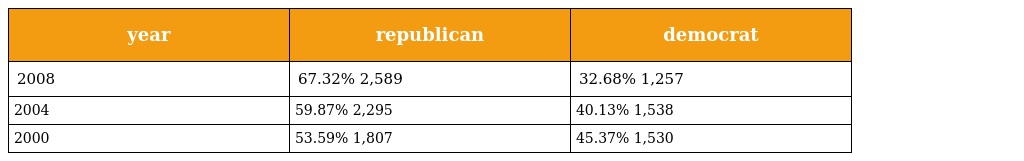
| year | republican | democrat |
 | --- | --- | --- |
 | 2008 | 67.32% 2,589 | 32.68% 1,257 |
 | 2004 | 59.87% 2,295 | 40.13% 1,538 |
 | 2000 | 53.59% 1,807 | 45.37% 1,530 |